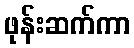
ဖုန်းဆက်ကာ